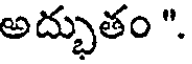
అద్భుతం ".